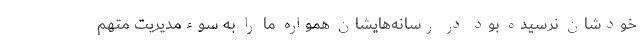
خودشان نرسیده بود در رسانه‌هایشان همواره ما را به سوءمدیریت متهم